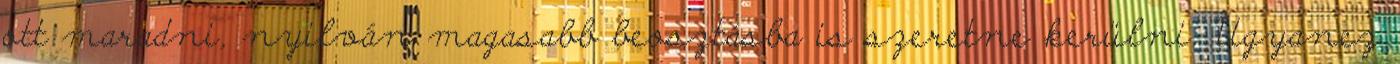
ott maradni, nyilván magasabb beosztásba is szeretne kerülni. Ugyanez